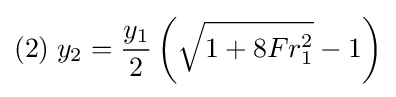
(2)\;y_{2}={\frac {y_{1}}{2}}\left({\sqrt {1+8Fr_{1}^{2}}}-1\right)